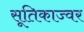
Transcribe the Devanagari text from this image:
सूतिकाज्वर